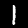
Digit: 1